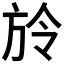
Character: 𣃠